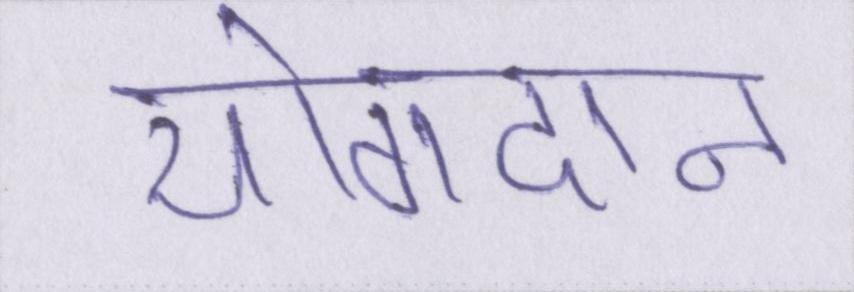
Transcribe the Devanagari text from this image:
योगदान